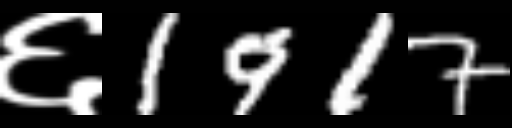
Text: ६1917